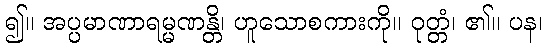
၍။ အပ္ပမာဏာရမ္မဏန္တိ၊ ဟူသောစကားကို။ ဝုတ္တံ၊ ၏။ ပန၊